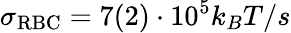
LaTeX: \sigma_{\mathrm{RBC}}=7(2)\cdot 10^{5}k_{B}T/s